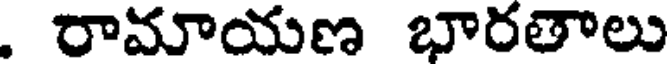
. రామాయణ భారతాలు